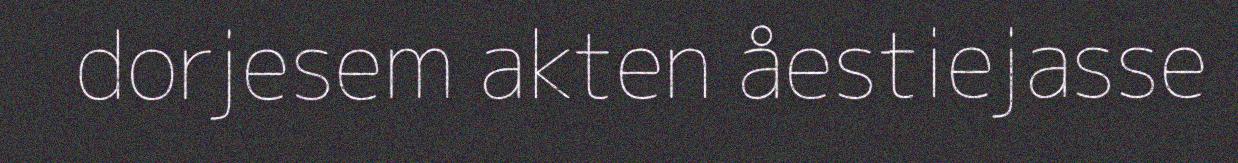
dorjesem akten åestiejasse